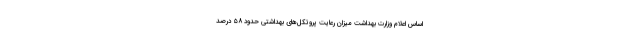
اساس اعلام وزارت بهداشت میزان رعایت پروتکل‌های بهداشتی حدود ۵۸ درصد